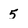
Character: 5